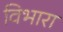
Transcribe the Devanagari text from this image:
विभारा